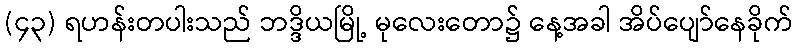
(၄၃) ရဟန်းတပါးသည် ဘဒ္ဒိယမြို့ မုလေးတော၌ နေ့အခါ အိပ်ပျော်နေခိုက်